Annual administration and progress report of the Indian Medical Department, Bombay
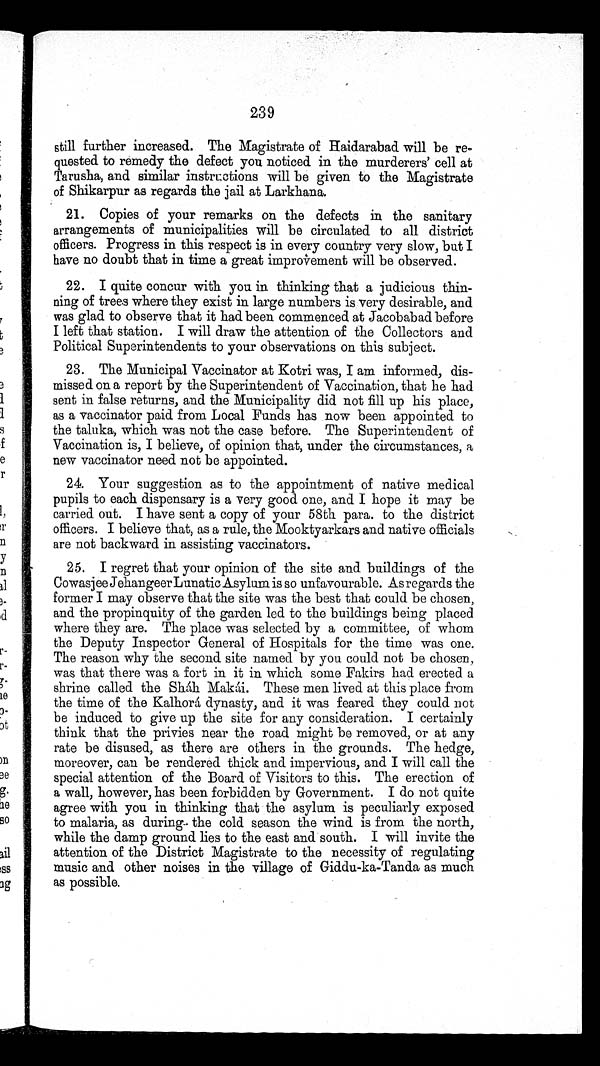
239
still further increased. The Magistrate of Haidarabad will be re
-quested to remedy the defect you noticed in the murderers’ cell at
Tarusha, and similar instructions will be given to the Magistrate
of Shikarpur as regards the jail at Larkhana.
21. Copies of your remarks on the defects in the sanitary
arrangements of municipalities will be circulated to all district
officers. Progress in this respect is in every country very slow, but I
have no doubt that in time a great improvement will be observed.
22. I quite concur with you in thinking that a judicious thin-
-ning of trees where they exist in large numbers is very desirable, and
was glad to observe that it had been commenced at Jacobabad before
I left that station. I will draw the attention of the Collectors and
Political Superintendents to your observations on this subject.
23. The Municipal Vaccinator at Kotri was, I am informed, dis-
missed on a report by the Superintendent of Vaccination, that he had
sent in false returns, and the Municipality did not fill up his place,
as a vaccinator paid from Local Funds has now been appointed to
the taluka, which was not the case before. The Superintendent of
Vaccination is, I believe, of opinion that, under the circumstances, a
new vaccinator need not be appointed.
24. Your suggestion as to the appointment of native medical
pupils to each dispensary is a very good one, and I hope it may be
carried out. I have sent a copy of your 58th para. to the district
officers. I believe that, as a rule, the Mooktyarkars and native officials
are not backward in assisting vaccinators.
25. I regret that your opinion of the site and buildings of the
Cowasjee Jehangeer Lunatic Asylum is so unfavourable. As regards the
former I may observe that the site was the best that could be chosen,
and the propinquity of the garden led to the buildings being placed
where they are. The place was selected by a committee, of whom
the Deputy Inspector General of Hospitals for the time was one.
The reason why the second site named by you could not be chosen,
was that there was a fort in it in which some Fakirs had erected a
shri ne cal l ed t he Shát h Makái . These men l i ved at t hi s pl ace from
the time of the Ka1horá dynasty, and it was feared they could not
be induced to give up the site for any consideration. I certainly
think that the privies near the road might be removed, or at any
rate be disused, as there are others in the grounds. The hedge,
moreover, can be rendered thick and impervious, and I will call the
special attention of the Board of Visitors to this. The erection of
a wall, however, has been forbidden by Government. I do not quite
agree with you in thinking that the asylum is peculiarly exposed
to malaria, as during the cold season the wind is from the north,
while the damp ground lies to the east and south. I will invite the
attention of the District Magistrate to the necessity of regulating
music and other noises in the village of Giddu-ka-Tanda as much
as possible.